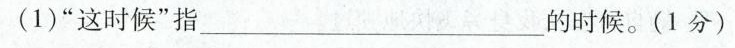
(1)”这时候”指___的时候。(1分)